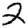
Digit: 2